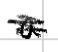
Text: a
Cross-out: scratch
Writing tool: digital_black